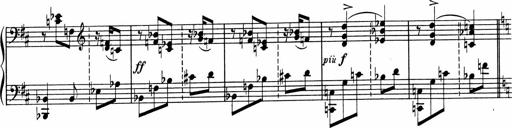
Title: Sonatine pour piano
Composer: Albert Roussel